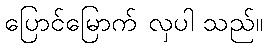
ပြောင်မြောက် လှပါ သည်။